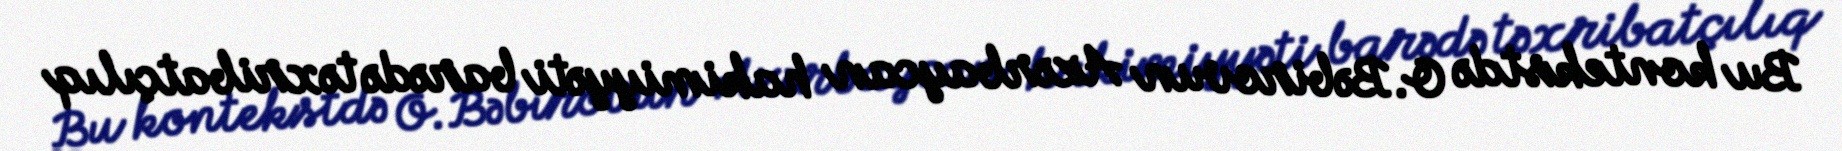
Bu kontekstdə O.Bəbirovun Azərbaycan hakimiyyəti barədə təxribatçılıq